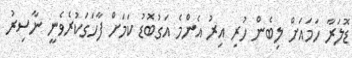
ޑޮލަރާ ހަމައަށް ލިބެން ހުރި އިރު އެންމެ އަގުބޮޑު ކަމަށް ފާހަގަކުރެވެނީ ނާސިރު